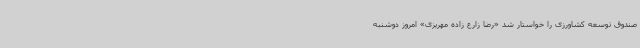
صندوق توسعه کشاورزی را خواستار شد «رضا زارع زاده مهریزی» امروز دوشنبه